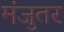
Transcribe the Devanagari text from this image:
मंजुतर